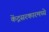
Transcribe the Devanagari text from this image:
केंद्रसरकारमध्ये